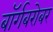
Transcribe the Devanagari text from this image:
बॉर्गबरोबर